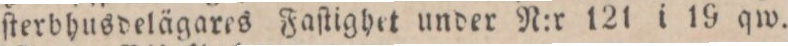
ſterbhusdelägares Faſtighet under N:r 121 i 19 qw.